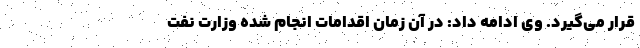
قرار می‌گیرد. وی ادامه داد: در آن زمان اقدامات انجام شده وزارت نفت